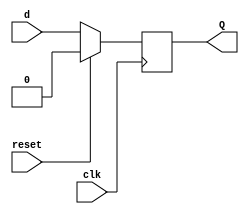
`timescale 1ns / 1ps

module D_flipflop(
    input clk, reset, d,
    output reg Q
    );
    
    always@(posedge clk)
          begin
            if({reset})
                Q<= 1'b0;
            else 
                Q <= d;
            end
endmodule


//////////////////////////////////////////////////////////////////////////////////


module freq_div_by4(
    input clk, reset,
    output clk_by4
    );
    wire clk_by2;
    
    D_flipflop D1(clk, reset, ~clk_by4, clk_by2);
    D_flipflop D2(clk, reset, clk_by2, clk_by4);

endmodule